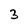
Character: 3